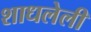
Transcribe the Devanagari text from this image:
शाधलेली